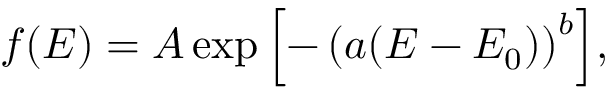
f ( E ) = A \exp { \left[ - \left( a ( E - E _ { 0 } ) \right) ^ { b } \right] } ,